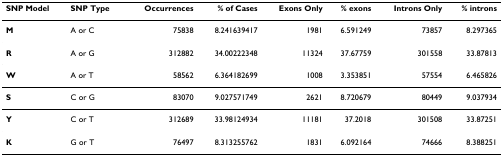
<table><thead><tr><td><b>SNP Model</b></td><td><b>SNP Type</b></td><td><b>Occurrences</b></td><td><b>% of Cases</b></td><td><b>Exons Only</b></td><td><b>% exons</b></td><td><b>Introns Only</b></td><td><b>% introns</b></td></tr></thead><tbody><tr><td><b>M</b></td><td>A or C</td><td>75838</td><td>8.241639417</td><td>1981</td><td>6.591249</td><td>73857</td><td>8.297365</td></tr><tr><td><b>R</b></td><td>A or G</td><td>312882</td><td>34.00222348</td><td>11324</td><td>37.67759</td><td>301558</td><td>33.87813</td></tr><tr><td><b>W</b></td><td>A or T</td><td>58562</td><td>6.364182699</td><td>1008</td><td>3.353851</td><td>57554</td><td>6.465826</td></tr><tr><td><b>S</b></td><td>C or G</td><td>83070</td><td>9.027571749</td><td>2621</td><td>8.720679</td><td>80449</td><td>9.037934</td></tr><tr><td><b>Y</b></td><td>C or T</td><td>312689</td><td>33.98124934</td><td>11181</td><td>37.2018</td><td>301508</td><td>33.87251</td></tr><tr><td><b>K</b></td><td>G or T</td><td>76497</td><td>8.313255762</td><td>1831</td><td>6.092164</td><td>74666</td><td>8.388251</td></tr></tbody></table>